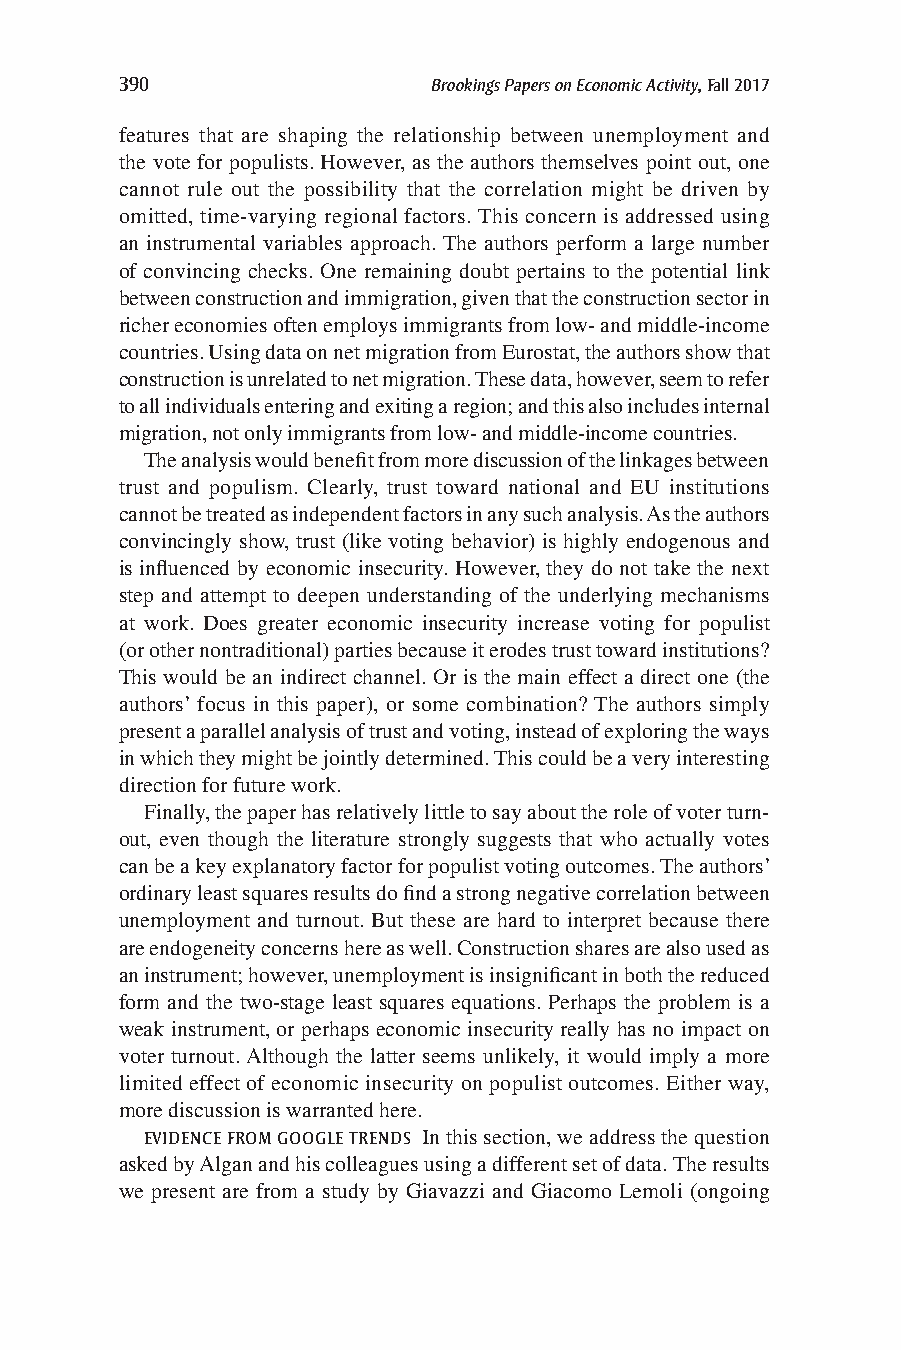
390                  Brookings Papers on Economic Activity, Fall 2017
 features that are shaping the relationship between unemployment and
 the vote for populists. However, as the authors themselves point out, one
 cannot rule out the possibility that the correlation might be driven by
 omitted, time-varying regional factors. This concern is addressed using
 an instrumental variables approach. The authors perform a large number
 of convincing checks. One remaining doubt pertains to the potential link
 between construction and immigration, given that the construction sector in
 richer economies often employs immigrants from low- and middle-income
 countries. Using data on net migration from Eurostat, the authors show that
 construction is unrelated to net migration. These data, however, seem to refer
 to all individuals entering and exiting a region; and this also includes internal
 migration, not only immigrants from low- and middle-income countries.
 The analysis would benefit from more discussion of the linkages between
 trust and populism. Clearly, trust toward national and EU institutions
 cannot be treated as independent factors in any such analysis. As the authors
 convincingly show, trust (like voting behavior) is highly endogenous and
 is influenced by economic insecurity. However, they do not take the next
 step and attempt to deepen understanding of the underlying mechanisms
 at work. Does greater economic insecurity increase voting for populist
 (or other nontraditional) parties because it erodes trust toward institutions?
 This would be an indirect channel. Or is the main effect a direct one (the
 authors’ focus in this paper), or some combination? The authors simply
 present a parallel analysis of trust and voting, instead of exploring the ways
 in which they might be jointly determined. This could be a very interesting
 direction for future work.
 Finally, the paper has relatively little to say about the role of voter turn-
 out, even though the literature strongly suggests that who actually votes
 can be a key explanatory factor for populist voting outcomes. The authors’
 ordinary least squares results do find a strong negative correlation between
 unemployment and turnout. But these are hard to interpret because there
 are endogeneity concerns here as well. Construction shares are also used as
 an instrument; however, unemployment is insignificant in both the reduced
 form and the two-stage least squares equations. Perhaps the problem is a
 weak instrument, or perhaps economic insecurity really has no impact on
 voter turnout. Although the latter seems unlikely, it would imply a more
 limited effect of economic insecurity on populist outcomes. Either way,
 more discussion is warranted here.
 EVIDENCE FROM GOOGLE TRENDS In this section, we address the question
 asked by Algan and his colleagues using a different set of data. The results
 we present are from a study by Giavazzi and Giacomo Lemoli (ongoing